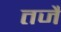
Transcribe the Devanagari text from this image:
तजैं